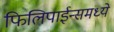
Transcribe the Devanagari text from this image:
फिलिपाईन्समध्ये